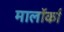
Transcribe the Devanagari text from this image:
मालॉर्का